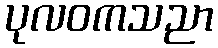
ပုလဝကသညာ